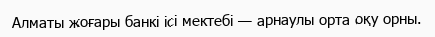
Алматы жоғары банкі ісі мектебі — арнаулы орта оқу орны.